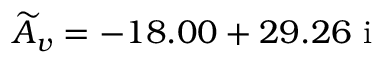
\widetilde { A } _ { v } = - 1 8 . 0 0 + 2 9 . 2 6 \ \mathrm { i }